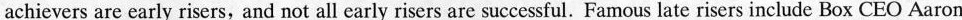
achievers are early risers, and not all early risers are successful. Famous late risers include Box CEO Aaron